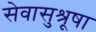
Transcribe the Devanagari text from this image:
सेवासुश्रूषा